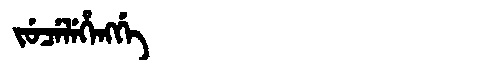
Manchu: ᠵᡠᠴᡝᠯᡝᡥᡝᠩᡤᡝ
Romanization: JUCELEHENGGE